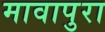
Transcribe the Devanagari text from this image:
मावापुरा